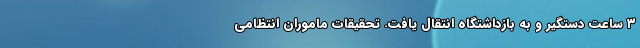
۳ ساعت دستگیر و به بازداشتگاه انتقال یافت. تحقیقات ماموران انتظامی